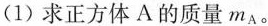
(1)求正方体A的质量m_{A}。